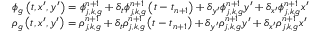
\begin{array} { l } { { \phi _ { g } \left( t , x ^ { \prime } , y ^ { \prime } \right) = \phi _ { j , k , g } ^ { n + 1 } + \delta _ { t } \phi _ { j , k , g } ^ { n + 1 } \left( t - t _ { n + 1 } \right) + \delta _ { y ^ { \prime } } \phi _ { j , k , g } ^ { n + 1 } y ^ { \prime } + \delta _ { x ^ { \prime } } \phi _ { j , k , g } ^ { n + 1 } x ^ { \prime } } } \\ { { \rho _ { g } \left( t , x ^ { \prime } , y ^ { \prime } \right) = \rho _ { j , k , g } ^ { n + 1 } + \delta _ { t } \rho _ { j , k , g } ^ { n + 1 } \left( t - t _ { n + 1 } \right) + \delta _ { y ^ { \prime } } \rho _ { j , k , g } ^ { n + 1 } y ^ { \prime } + \delta _ { x ^ { \prime } } \rho _ { j , k , g } ^ { n + 1 } x ^ { \prime } } } \end{array}